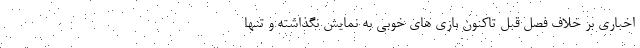
اخباری بر خلاف فصل قبل تاکنون بازی های خوبی به نمایش نگذاشته و تنها